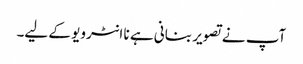
آپ نے تصویر بنانی ہے نا انٹرویو کے لیے۔